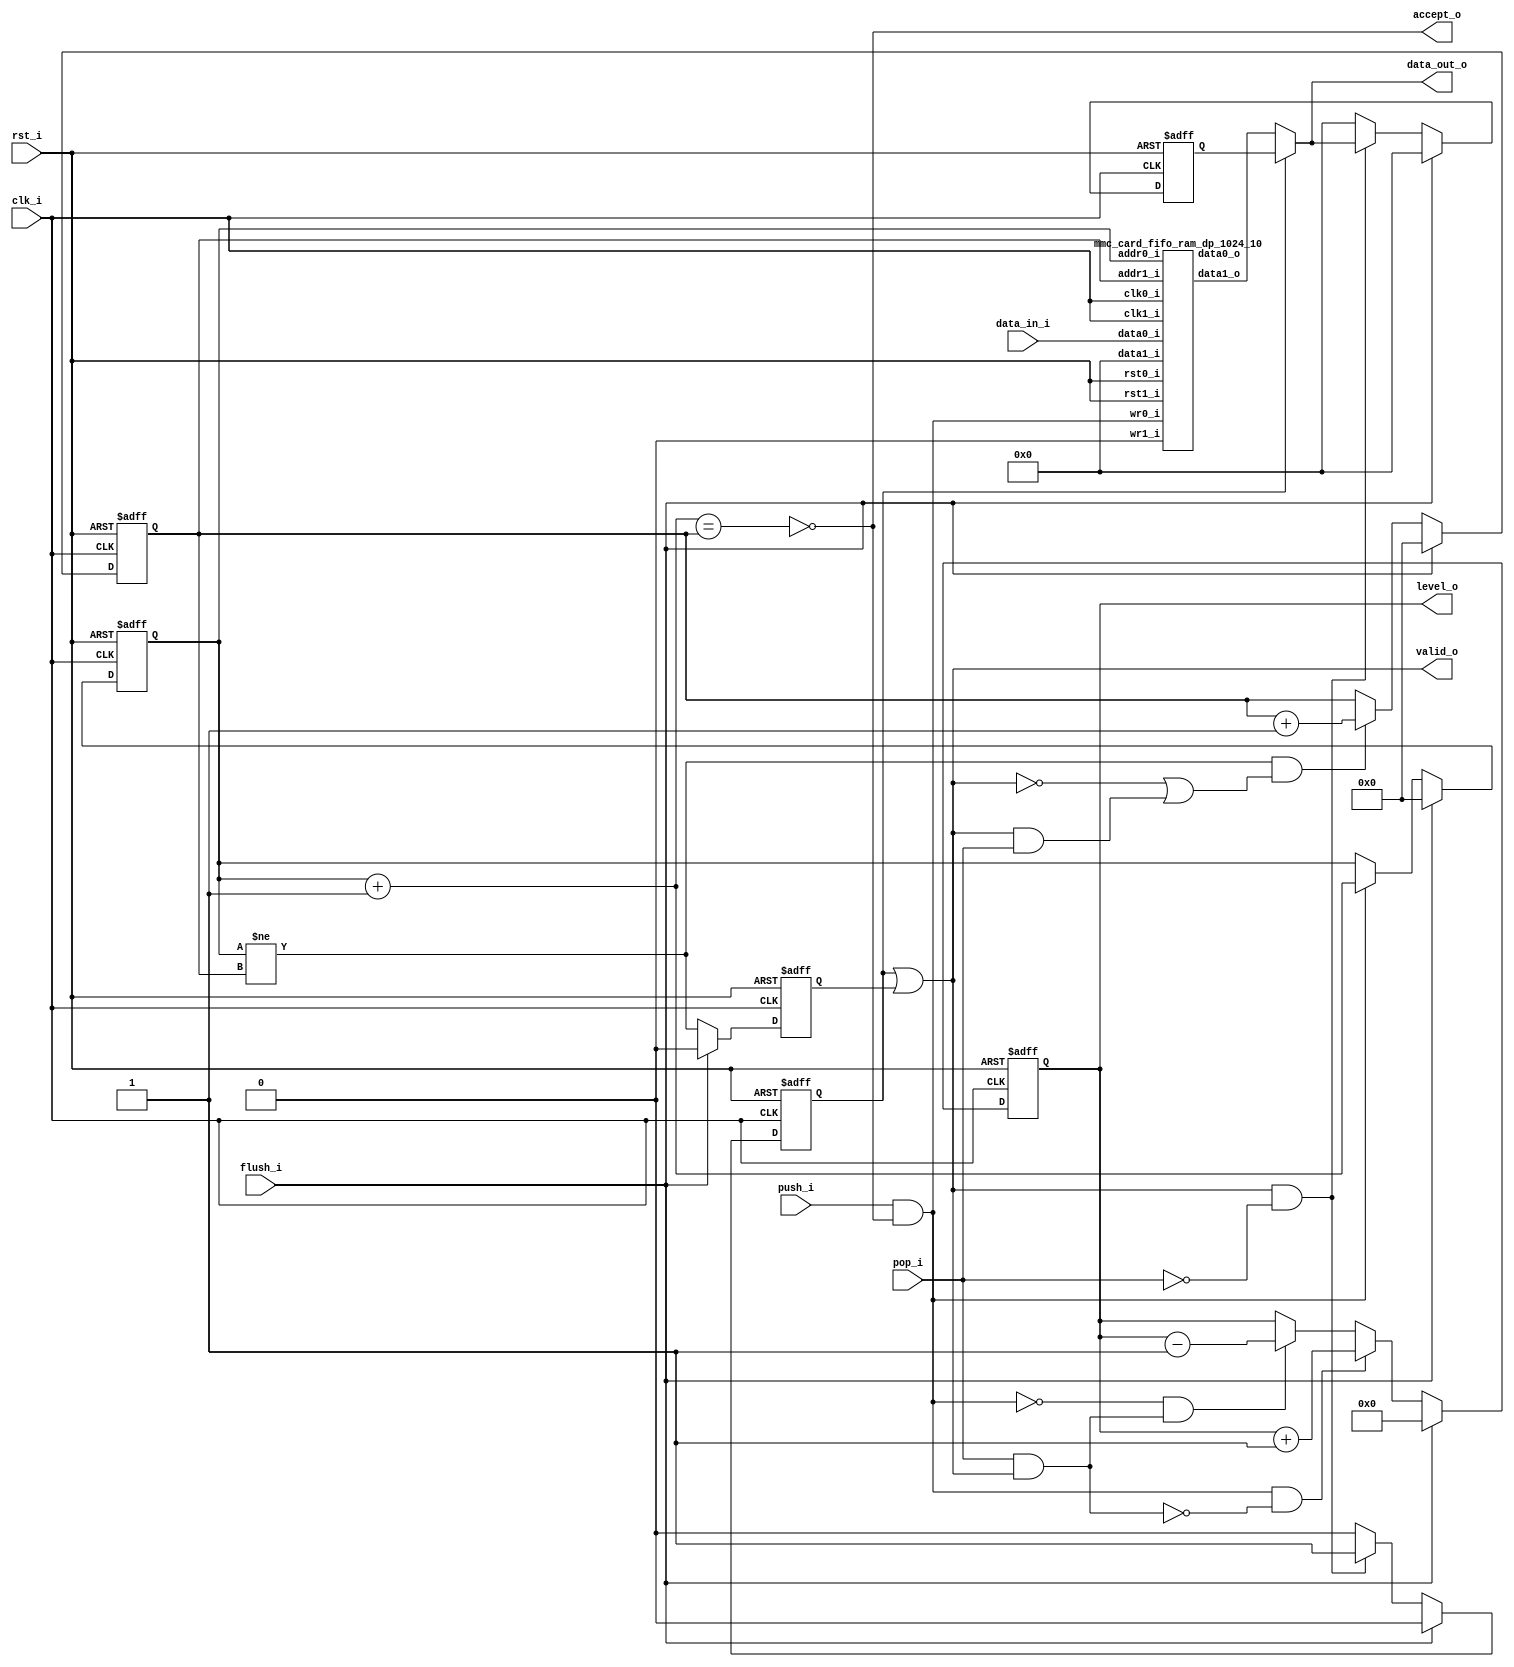
//-----------------------------------------------------------------
//                MMC (and derivative standards) Host
//                            V0.1
//                     Ultra-Embedded.com
//                        Copyright 2020
//
//                   admin@ultra-embedded.com
//
//                     License: Apache 2.0
//-----------------------------------------------------------------
// Copyright 2020 Ultra-Embedded.com
// 
// Licensed under the Apache License, Version 2.0 (the "License");
// you may not use this file except in compliance with the License.
// You may obtain a copy of the License at
// 
//     http://www.apache.org/licenses/LICENSE-2.0
// 
// Unless required by applicable law or agreed to in writing, software
// distributed under the License is distributed on an "AS IS" BASIS,
// WITHOUT WARRANTIES OR CONDITIONS OF ANY KIND, either express or implied.
// See the License for the specific language governing permissions and
// limitations under the License.
//-----------------------------------------------------------------

module mmc_card_fifo
(
    // Inputs
     input           clk_i
    ,input           rst_i
    ,input  [ 31:0]  data_in_i
    ,input           push_i
    ,input           pop_i
    ,input           flush_i

    // Outputs
    ,output [ 31:0]  data_out_o
    ,output          accept_o
    ,output          valid_o
    ,output [ 10:0]  level_o
);



//-----------------------------------------------------------------
// Registers
//-----------------------------------------------------------------
reg [9:0]   rd_ptr_q;
reg [9:0]   wr_ptr_q;

//-----------------------------------------------------------------
// Write Side
//-----------------------------------------------------------------
wire [9:0] write_next_w = wr_ptr_q + 10'd1;

wire full_w = (write_next_w == rd_ptr_q);

always @ (posedge clk_i or posedge rst_i)
if (rst_i)
    wr_ptr_q <= 10'b0;
else if (flush_i)
    wr_ptr_q <= 10'b0;
// Push
else if (push_i & !full_w)
    wr_ptr_q <= write_next_w;

//-----------------------------------------------------------------
// Read Side
//-----------------------------------------------------------------
wire read_ok_w = (wr_ptr_q != rd_ptr_q);
reg  rd_q;

always @ (posedge clk_i or posedge rst_i)
if (rst_i)
    rd_q <= 1'b0;
else if (flush_i)
    rd_q <= 1'b0;
else
    rd_q <= read_ok_w;

always @ (posedge clk_i or posedge rst_i)
if (rst_i)
    rd_ptr_q     <= 10'b0;
else if (flush_i)
    rd_ptr_q     <= 10'b0;
// Read address increment
else if (read_ok_w && ((!valid_o) || (valid_o && pop_i)))
    rd_ptr_q <= rd_ptr_q + 10'd1;

//-------------------------------------------------------------------
// Read Skid Buffer
//-------------------------------------------------------------------
reg                rd_skid_q;
reg [31:0] rd_skid_data_q;

always @ (posedge clk_i or posedge rst_i)
if (rst_i)
begin
    rd_skid_q <= 1'b0;
    rd_skid_data_q <= 32'b0;
end
else if (flush_i)
begin
    rd_skid_q <= 1'b0;
    rd_skid_data_q <= 32'b0;
end
else if (valid_o && !pop_i)
begin
    rd_skid_q      <= 1'b1;
    rd_skid_data_q <= data_out_o;
end
else
begin
    rd_skid_q      <= 1'b0;
    rd_skid_data_q <= 32'b0;
end

//-------------------------------------------------------------------
// Combinatorial
//-------------------------------------------------------------------
assign valid_o       = rd_skid_q | rd_q;
assign accept_o      = !full_w;

//-------------------------------------------------------------------
// Dual port RAM
//-------------------------------------------------------------------
wire [31:0] data_out_w;

mmc_card_fifo_ram_dp_1024_10
u_ram
(
    // Inputs
    .clk0_i(clk_i),
    .rst0_i(rst_i),
    .clk1_i(clk_i),
    .rst1_i(rst_i),

    // Write side
    .addr0_i(wr_ptr_q),
    .wr0_i(push_i & accept_o),
    .data0_i(data_in_i),
    .data0_o(),

    // Read side
    .addr1_i(rd_ptr_q),
    .data1_i(32'b0),
    .wr1_i(1'b0),
    .data1_o(data_out_w)
);

assign data_out_o = rd_skid_q ? rd_skid_data_q : data_out_w;


//-------------------------------------------------------------------
// Level
//-------------------------------------------------------------------
reg [10:0]  count_q;

always @ (posedge clk_i or posedge rst_i)
if (rst_i)
    count_q   <= 11'b0;
else if (flush_i)
    count_q   <= 11'b0;
// Count up
else if ((push_i & accept_o) & ~(pop_i & valid_o))
    count_q <= count_q + 11'd1;
// Count down
else if (~(push_i & accept_o) & (pop_i & valid_o))
    count_q <= count_q - 11'd1;

assign level_o = count_q;

endmodule

//-------------------------------------------------------------------
// Dual port RAM
//-------------------------------------------------------------------
module mmc_card_fifo_ram_dp_1024_10
(
    // Inputs
     input           clk0_i
    ,input           rst0_i
    ,input  [ 9:0]  addr0_i
    ,input  [ 31:0]  data0_i
    ,input           wr0_i
    ,input           clk1_i
    ,input           rst1_i
    ,input  [ 9:0]  addr1_i
    ,input  [ 31:0]  data1_i
    ,input           wr1_i

    // Outputs
    ,output [ 31:0]  data0_o
    ,output [ 31:0]  data1_o
);

/* verilator lint_off MULTIDRIVEN */
reg [31:0]   ram [1023:0] /*verilator public*/;
/* verilator lint_on MULTIDRIVEN */

reg [31:0] ram_read0_q;
reg [31:0] ram_read1_q;

// Synchronous write
always @ (posedge clk0_i)
begin
    if (wr0_i)
        ram[addr0_i] <= data0_i;

    ram_read0_q <= ram[addr0_i];
end

always @ (posedge clk1_i)
begin
    if (wr1_i)
        ram[addr1_i] <= data1_i;

    ram_read1_q <= ram[addr1_i];
end

assign data0_o = ram_read0_q;
assign data1_o = ram_read1_q;



endmodule